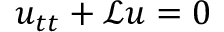
u _ { t t } + \mathscr { L } u = 0